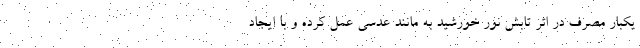
یکبار مصرف در اثر تابش نور خورشید به مانند عدسی عمل کرده و با ایجاد